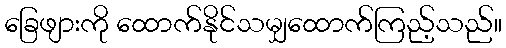
ခြေဖျားကို ထောက်နိုင်သမျှထောက်ကြည့်သည်။